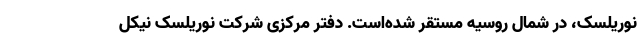
نوریلسک، در شمال روسیه مستقر شده‌است. دفتر مرکزی شرکت نوریلسک نیکل